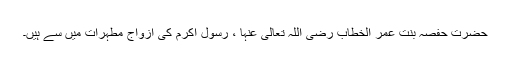
حضرت حفصہ بنت عمر الخطاب رضی اللہ تعالی عنہا ، رسول اکرم کی ازواج مطہرات میں سے ہیں۔